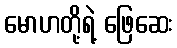
မောဟတို့ရဲ့ ဖြေဆေး